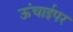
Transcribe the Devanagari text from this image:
ऊंचाईपर